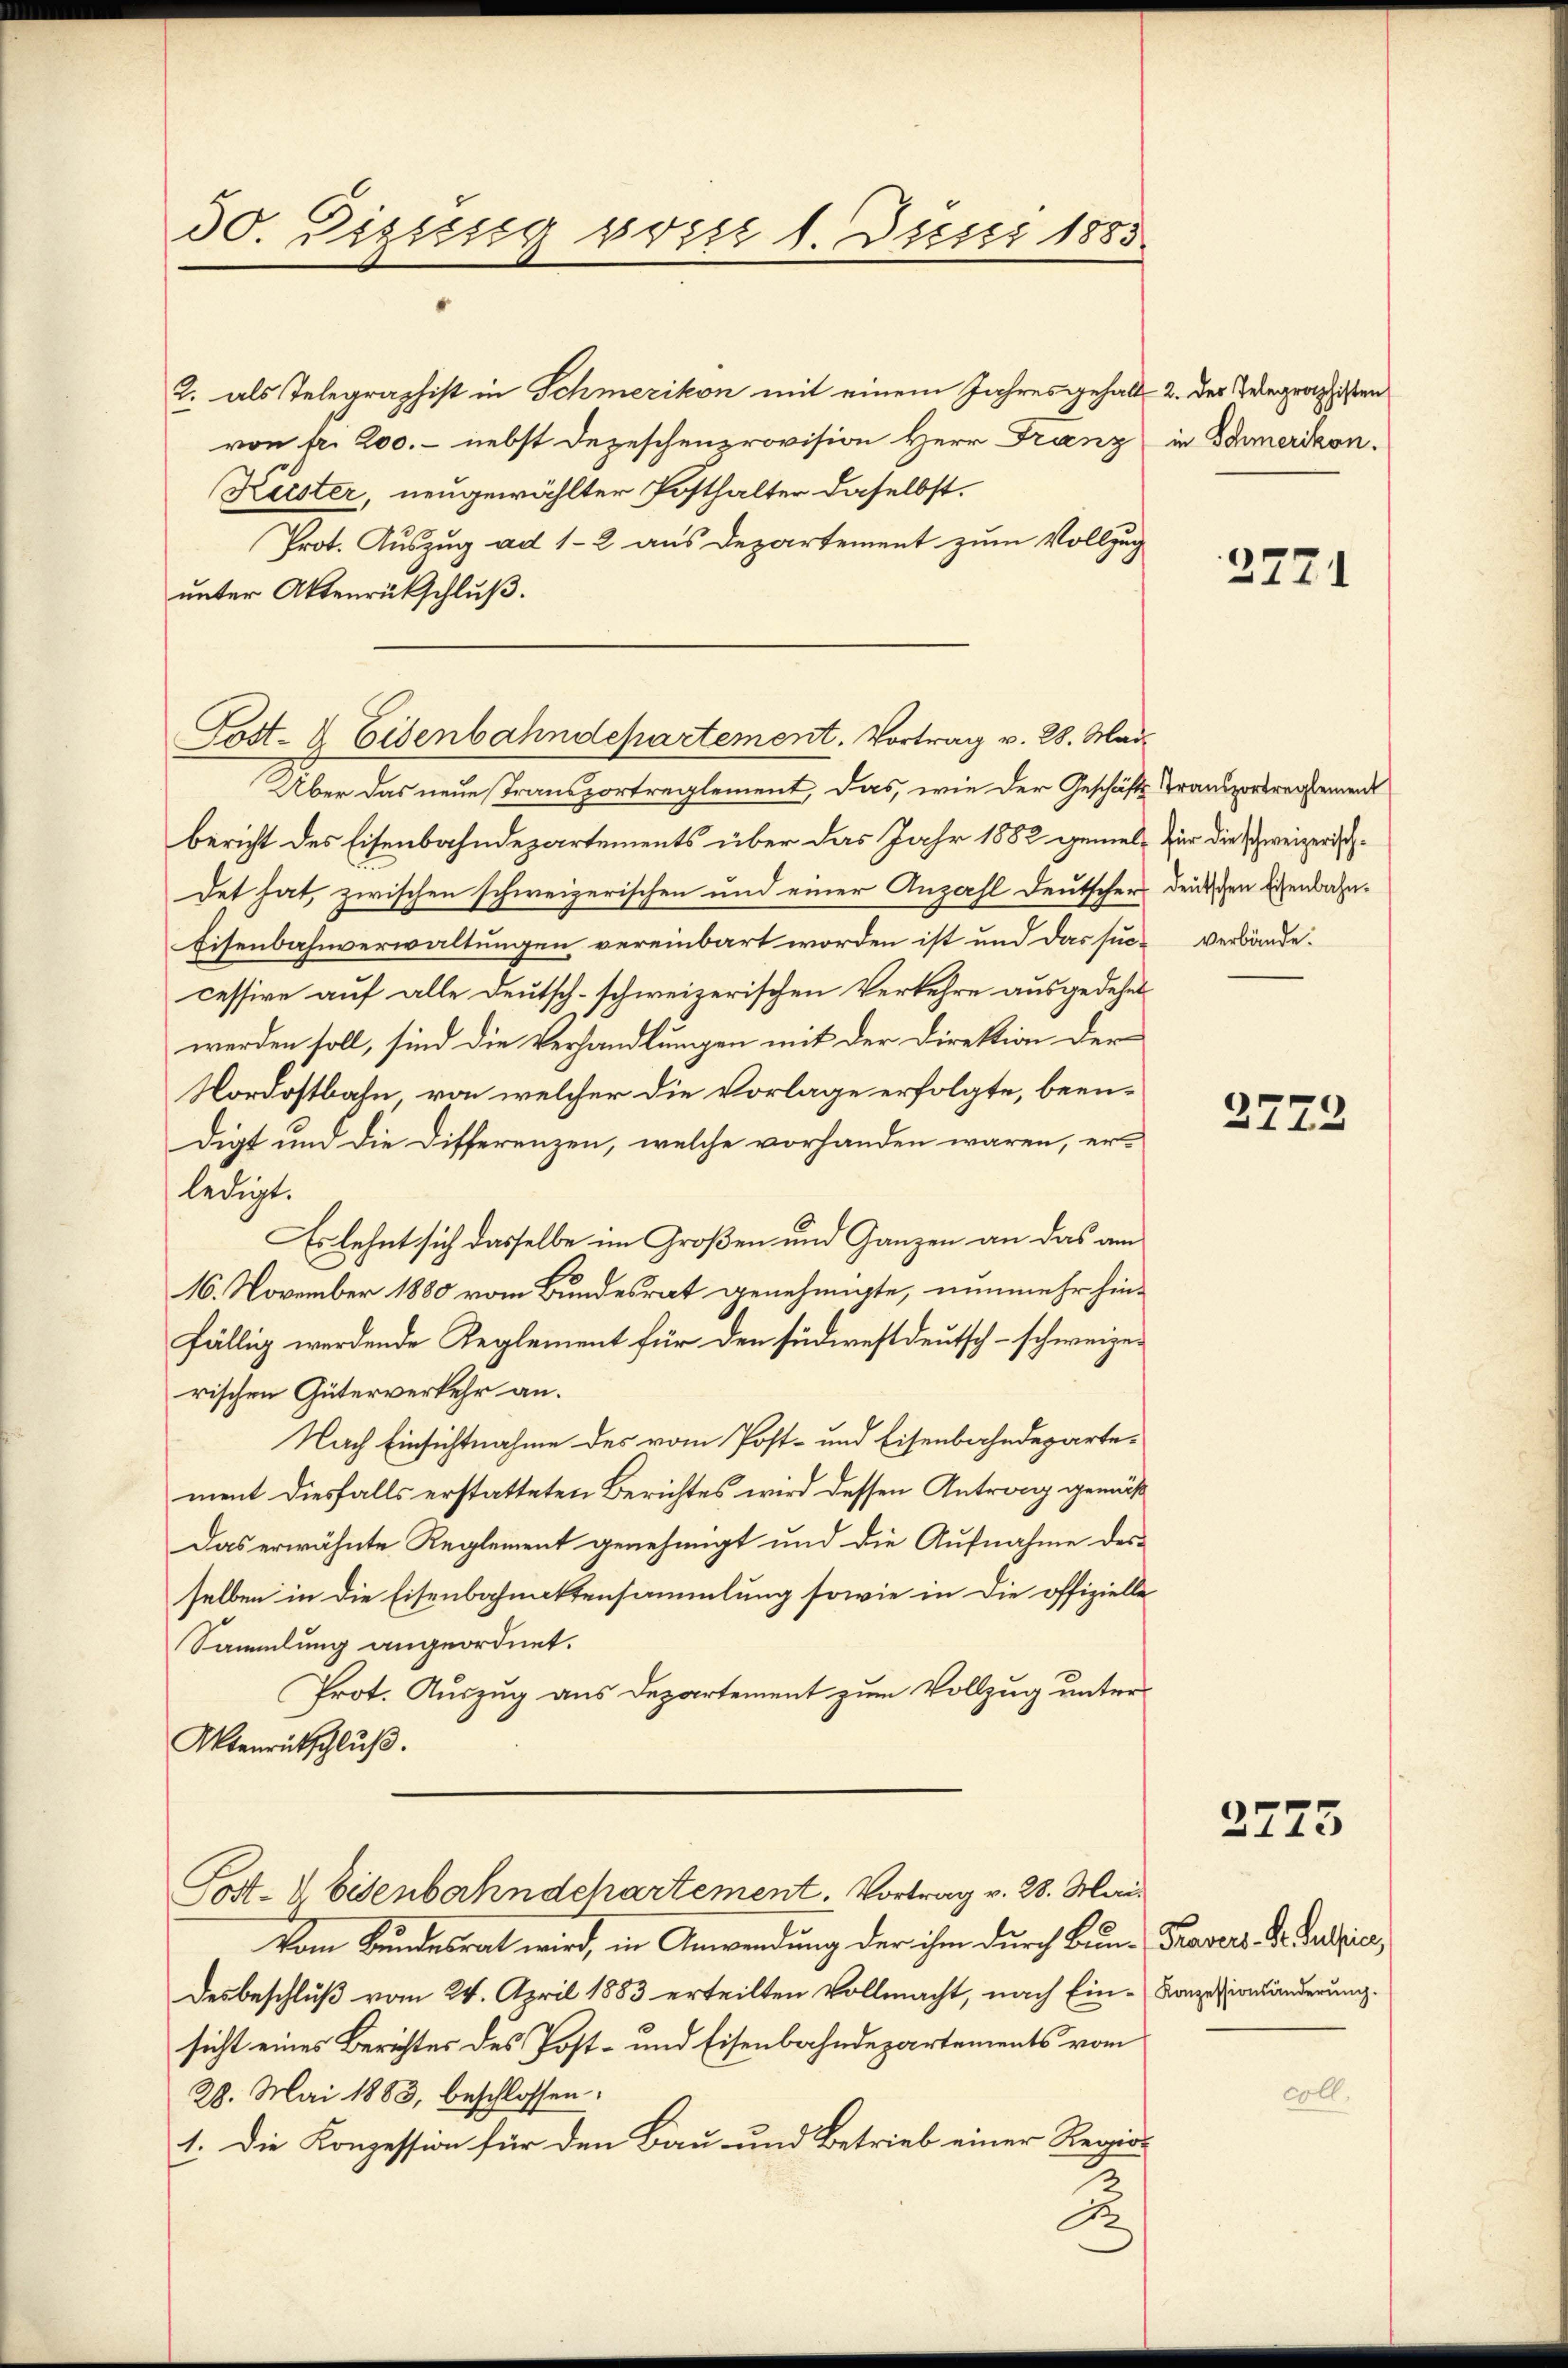
30. Dizissig vorst 1. Juni 1883.

2. als Telegraphist in Schmerikon mit einem Jahres gehalt 2. der Telegraphisten
von fr. 200. - nebst Depeschenprovision Herr Franz
Kister, neugewählter Posthalter daselbst.
Prot. Auszug ad 1-2 aus Departement zum Vollzug
unter Aktenrückschluß.

Post- & Eisenbahndepartement. Vortrag v. 28. Mai

Über das neue Transportreglement, das, wie der Geschäfts Transportreglement
bericht des Eisenbahndepartements über das Jahr 1882 gemel- für die schweizerischdet hat, zwischen schweizerischen und einer Anzahl deutscher deutschen Eisenbahn¬
Eisenbahnverwaltungen vereinbart worden ist und das suc- verbände.
cessive auf alle Deutsch-schweizerischen Verkehre ausgedehnt
werden soll, sind die Verhandlungen mit der Direktion der
Nordostbahn, von welcher die Vorlage erfolgte, beendigt und die Differenzen, welche vorhanden wären, er-
ledigt.
Es lehnt sich dasselbe im Großen und Ganzen an das am
16. November 1880 vom Bundesrat genehmigte, nunmehr hinfällig werdende Reglement für den südwestdeutsch-schweizerischen Güterverkehr an.
Nach Einsichtnahme des vom Post- und Eisenbahndepartement diesfalls erstatteten Berichtes wird dessen Antrag gemäß
Das erwähnte Reglement genehmigt und die Aufnahme des-
selben in die Eisenbahnaktensammlung sowie in die offizielle
Sammlung angeordnet.
Prot. Auszug aus Departement zum Vollzug unter
Aktenrückschluß.
Post- & Eisenbahndchartement. Vortrag v. 28. Mai
Vom Bundesrat wird, in Anwendung der ihm durch Bun- Provers. Dr Judicar,
Desbeschluß vom 24. April 1883 erteilten Vollmacht, nach Ein-Konzessionsänderung.
sicht eines Berichtes des Post- und Eisenbahndepartements vom
28. Mai 1883, beschlossen:
1. Die Konzession für den Bau- und Betrieb einer Regio-
B.

in Schmerikon.

2771

2772

2773